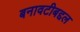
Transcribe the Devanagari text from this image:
बनावटीबद्दल